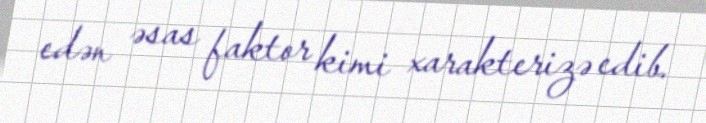
edən əsas faktor kimi xarakterizə edib.